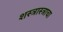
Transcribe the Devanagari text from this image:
शस्त्रास्त्राचा